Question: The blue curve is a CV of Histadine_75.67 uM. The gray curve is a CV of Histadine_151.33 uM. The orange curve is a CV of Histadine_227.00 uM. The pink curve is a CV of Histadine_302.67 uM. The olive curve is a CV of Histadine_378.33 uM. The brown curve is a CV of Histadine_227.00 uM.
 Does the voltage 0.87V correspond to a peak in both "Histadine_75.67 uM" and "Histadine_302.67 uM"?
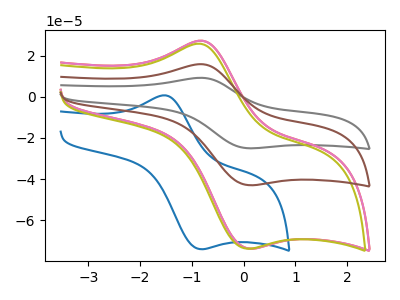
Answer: <think>The blue curve "Histadine_75.67 uM" has an anodic peak at (-1.55V, 0.75uA) and a cathodic peak at (-0.85V, -74.05uA). The gray curve "Histadine_151.33 uM" has an anodic peak at (-0.85V, 31.80uA) and a cathodic peak at (0.10V, -85.90uA). The orange curve "Histadine_227.00 uM" has an anodic peak at (-0.85V, 27.30uA) and a cathodic peak at (0.10V, -73.75uA). The pink curve "Histadine_302.67 uM" has an anodic peak at (-0.80V, 27.30uA) and a cathodic peak at (0.10V, -73.75uA). The olive curve "Histadine_378.33 uM" has an anodic peak at (-0.85V, 25.85uA) and a cathodic peak at (0.05V, -73.75uA). The brown curve "Histadine_227.00 uM" has an anodic peak at (-0.85V, 15.90uA) and a cathodic peak at (0.10V, -42.95uA).</think>
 <answer>No, "Histadine_75.67 uM" and "Histadine_302.67 uM" dont share a peak at 0.87V.</answer>
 <eval>mismatch</eval>